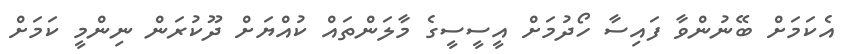
އެކަމަށް ބޭނުންވާ ފައިސާ ހޯދުމަށް އީސީސީގެ މާލަންތައް ކުއްޔަށް ދޫކުރަން ނިންމީ ކަމަށް